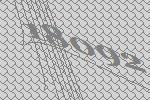
18092